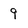
Character: 9